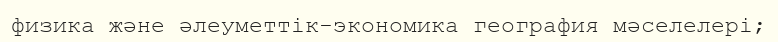
физика және әлеуметтік-экономика география мәселелері;